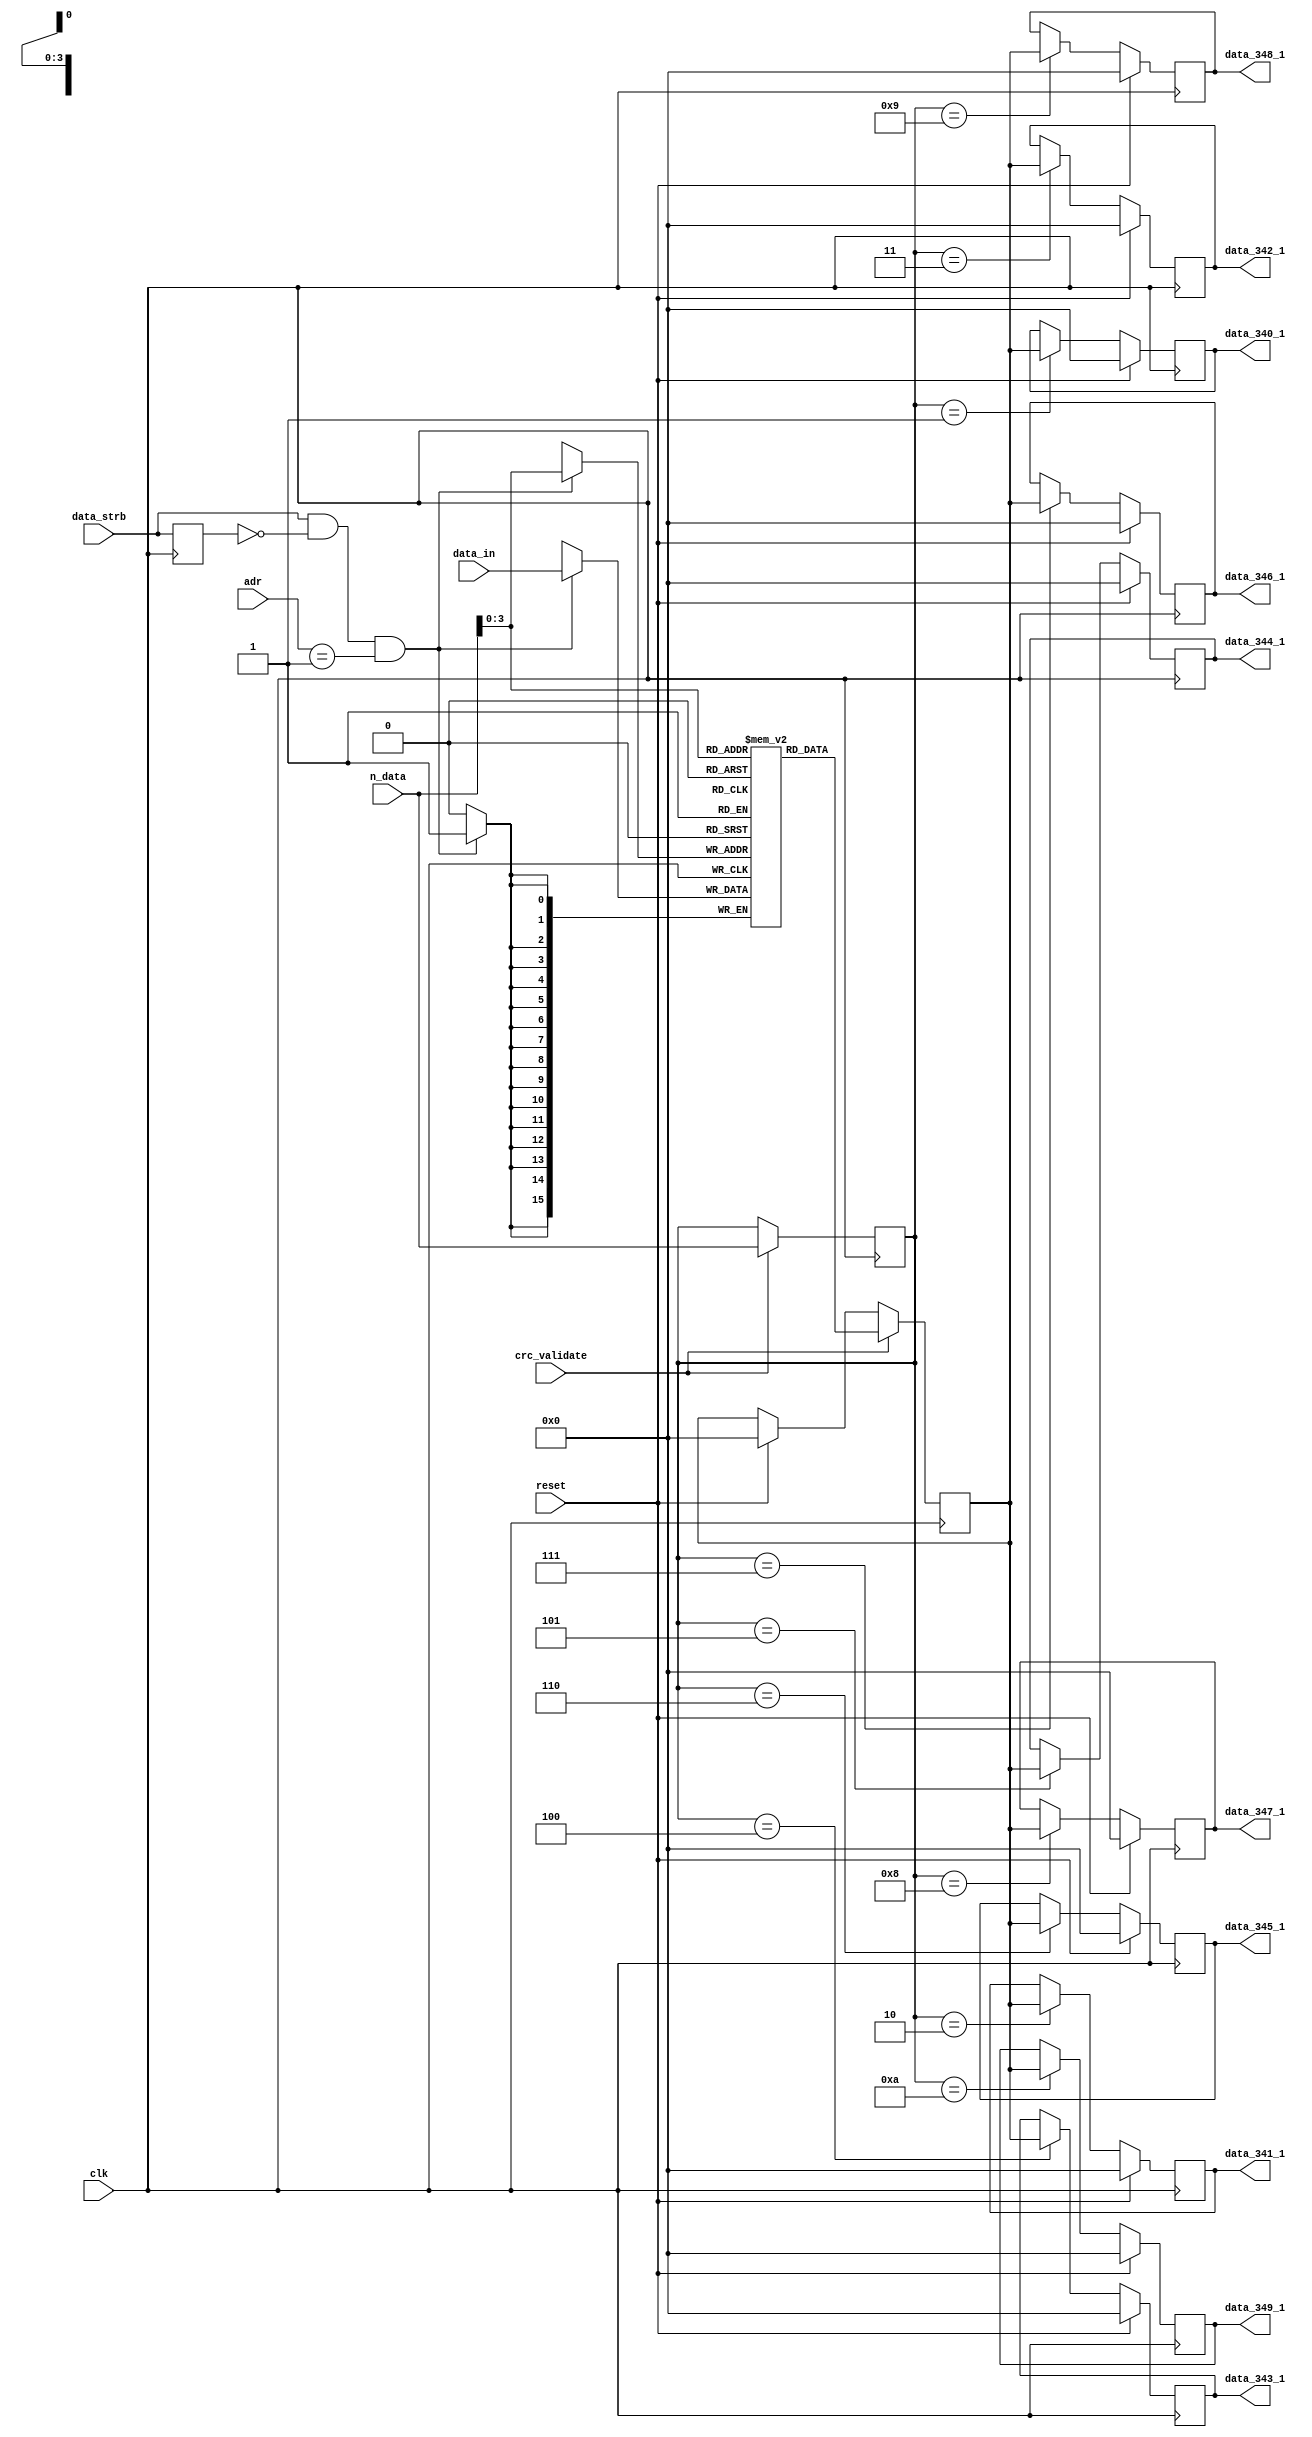
module data_demux_1 (
								input 		 clk,
								input [7:0]  adr,
								input [7:0]  n_data,
								input [15:0] data_in,
								input 		 data_strb,
								input        crc_validate,
								input 		 reset,
																	output reg [15:0] data_340_1,
																	output reg [15:0] data_341_1,
																	output reg [15:0] data_342_1,
																	output reg [15:0] data_343_1,
																	output reg [15:0] data_344_1,
																	output reg [15:0] data_345_1,
																	output reg [15:0] data_346_1,
																	output reg [15:0] data_347_1,
																	output reg [15:0] data_348_1,
																	output reg [15:0] data_349_1
																											);

parameter [7:0]  slave_id        = 1;
parameter [7:0]  number_of_reg   = 10;

(*ramstyle = "no_rw_check"*)reg [15:0] mem [number_of_reg:0];
	
      reg        previous_strb_0 =  1'b0;
		
		reg [15:0] data_buff       = 16'h0000;
		reg [7:0]  n                =  8'h00;
		
initial begin
	data_340_1 = 16'h0000;
	data_341_1 = 16'h0000;
	data_342_1 = 16'h0000;
	data_343_1 = 16'h0000;
	data_344_1 = 16'h0000;
	data_345_1 = 16'h0000;
	data_346_1 = 16'h0000;
	data_347_1 = 16'h0000; 
	data_348_1 = 16'h0000;
	data_349_1 = 16'h0000;
end


always @(posedge clk) begin
	
	if(reset)
		data_buff <= 16'h0000;
	else begin end
	
	previous_strb_0 <= data_strb;

	if(data_strb && !previous_strb_0 && adr == slave_id) begin
		mem[n_data] <= data_in;
	end
	else begin end

	
	if(crc_validate) begin	
			data_buff <= mem[n_data];
			n <= n_data;
	end
	else begin end
	
end

always @(posedge clk) begin
	
	if(reset) begin
		data_340_1 <= 16'h0000;
		data_341_1 <= 16'h0000;
		data_342_1 <= 16'h0000;
		data_343_1 <= 16'h0000;
		data_344_1 <= 16'h0000;
		data_345_1 <= 16'h0000;
		data_346_1 <= 16'h0000;
		data_347_1 <= 16'h0000; 
		data_348_1 <= 16'h0000;
		data_349_1 <= 16'h0000;
	end
	else begin
	
		case(n)
		
			1:  data_340_1 <= data_buff;
			2:  data_341_1 <= data_buff;
			3:  data_342_1 <= data_buff;
			4:  data_343_1 <= data_buff;
			5:  data_344_1 <= data_buff;
			6:  data_345_1 <= data_buff;
			7:  data_346_1 <= data_buff;
			8:  data_347_1 <= data_buff;
			9:  data_348_1 <= data_buff;
			10: data_349_1 <= data_buff;
			
			default: begin end
		endcase
	
	end
		
end

endmodule